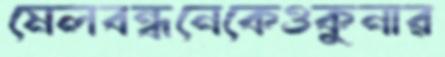
মেলবন্ধনেকেওকুনার